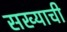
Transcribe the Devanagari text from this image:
सख्याची